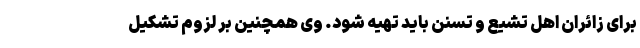
برای زائران اهل تشیع و تسنن باید تهیه شود. وی همچنین بر لزوم تشکیل